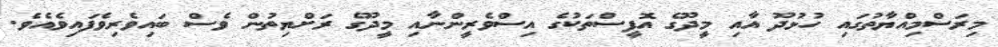
މިރަސްމިއްޔާތުގައި ހުޅުދޫ އާއި މީދޫގެ އޮފީސްތަކުގެ އިސްވެރީންނާއި މީދޫގެ ރަށްޔިތުން ވެސް ބައިވެރިވެފައިވެއެވެ.